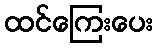
ထင်ကြေးပေး